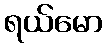
ရယ်မော